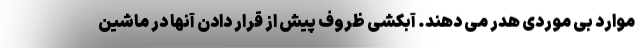
موارد بی موردی هدر می دهند. آبکشی ظروف پیش از قرار دادن آنها در ماشین